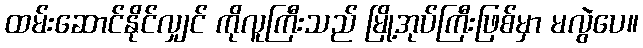
ထမ်းဆောင်နိုင်လျှင် ကိုလူကြီးသည် မြို့အုပ်ကြီးဖြစ်မှာ မလွဲပေ။